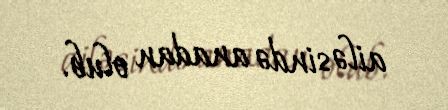
ailəsində anadan olub.